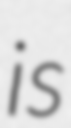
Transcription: is